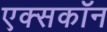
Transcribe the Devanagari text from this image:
एक्सकॉन